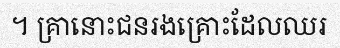
។ គ្រានោះជនរងគ្រោះដែលឈរ